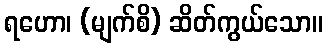
ရဟော၊ (မျက်စိ) ဆိတ်ကွယ်သော။